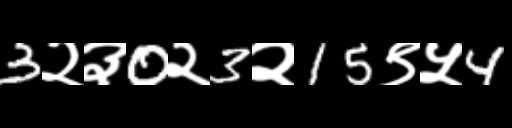
Text: 3२३0२3२15९५4